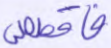
فاقصص